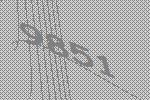
9851